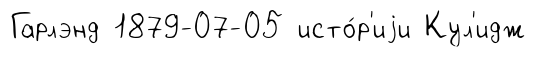
Гарлэнд 1879-07-05 исто́р'иjи Кул'идж